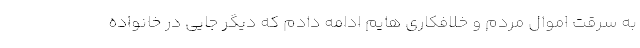
به سرقت اموال مردم و خلافکاری هایم ادامه دادم که دیگر جایی در خانواده